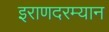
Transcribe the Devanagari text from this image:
इराणदरम्यान